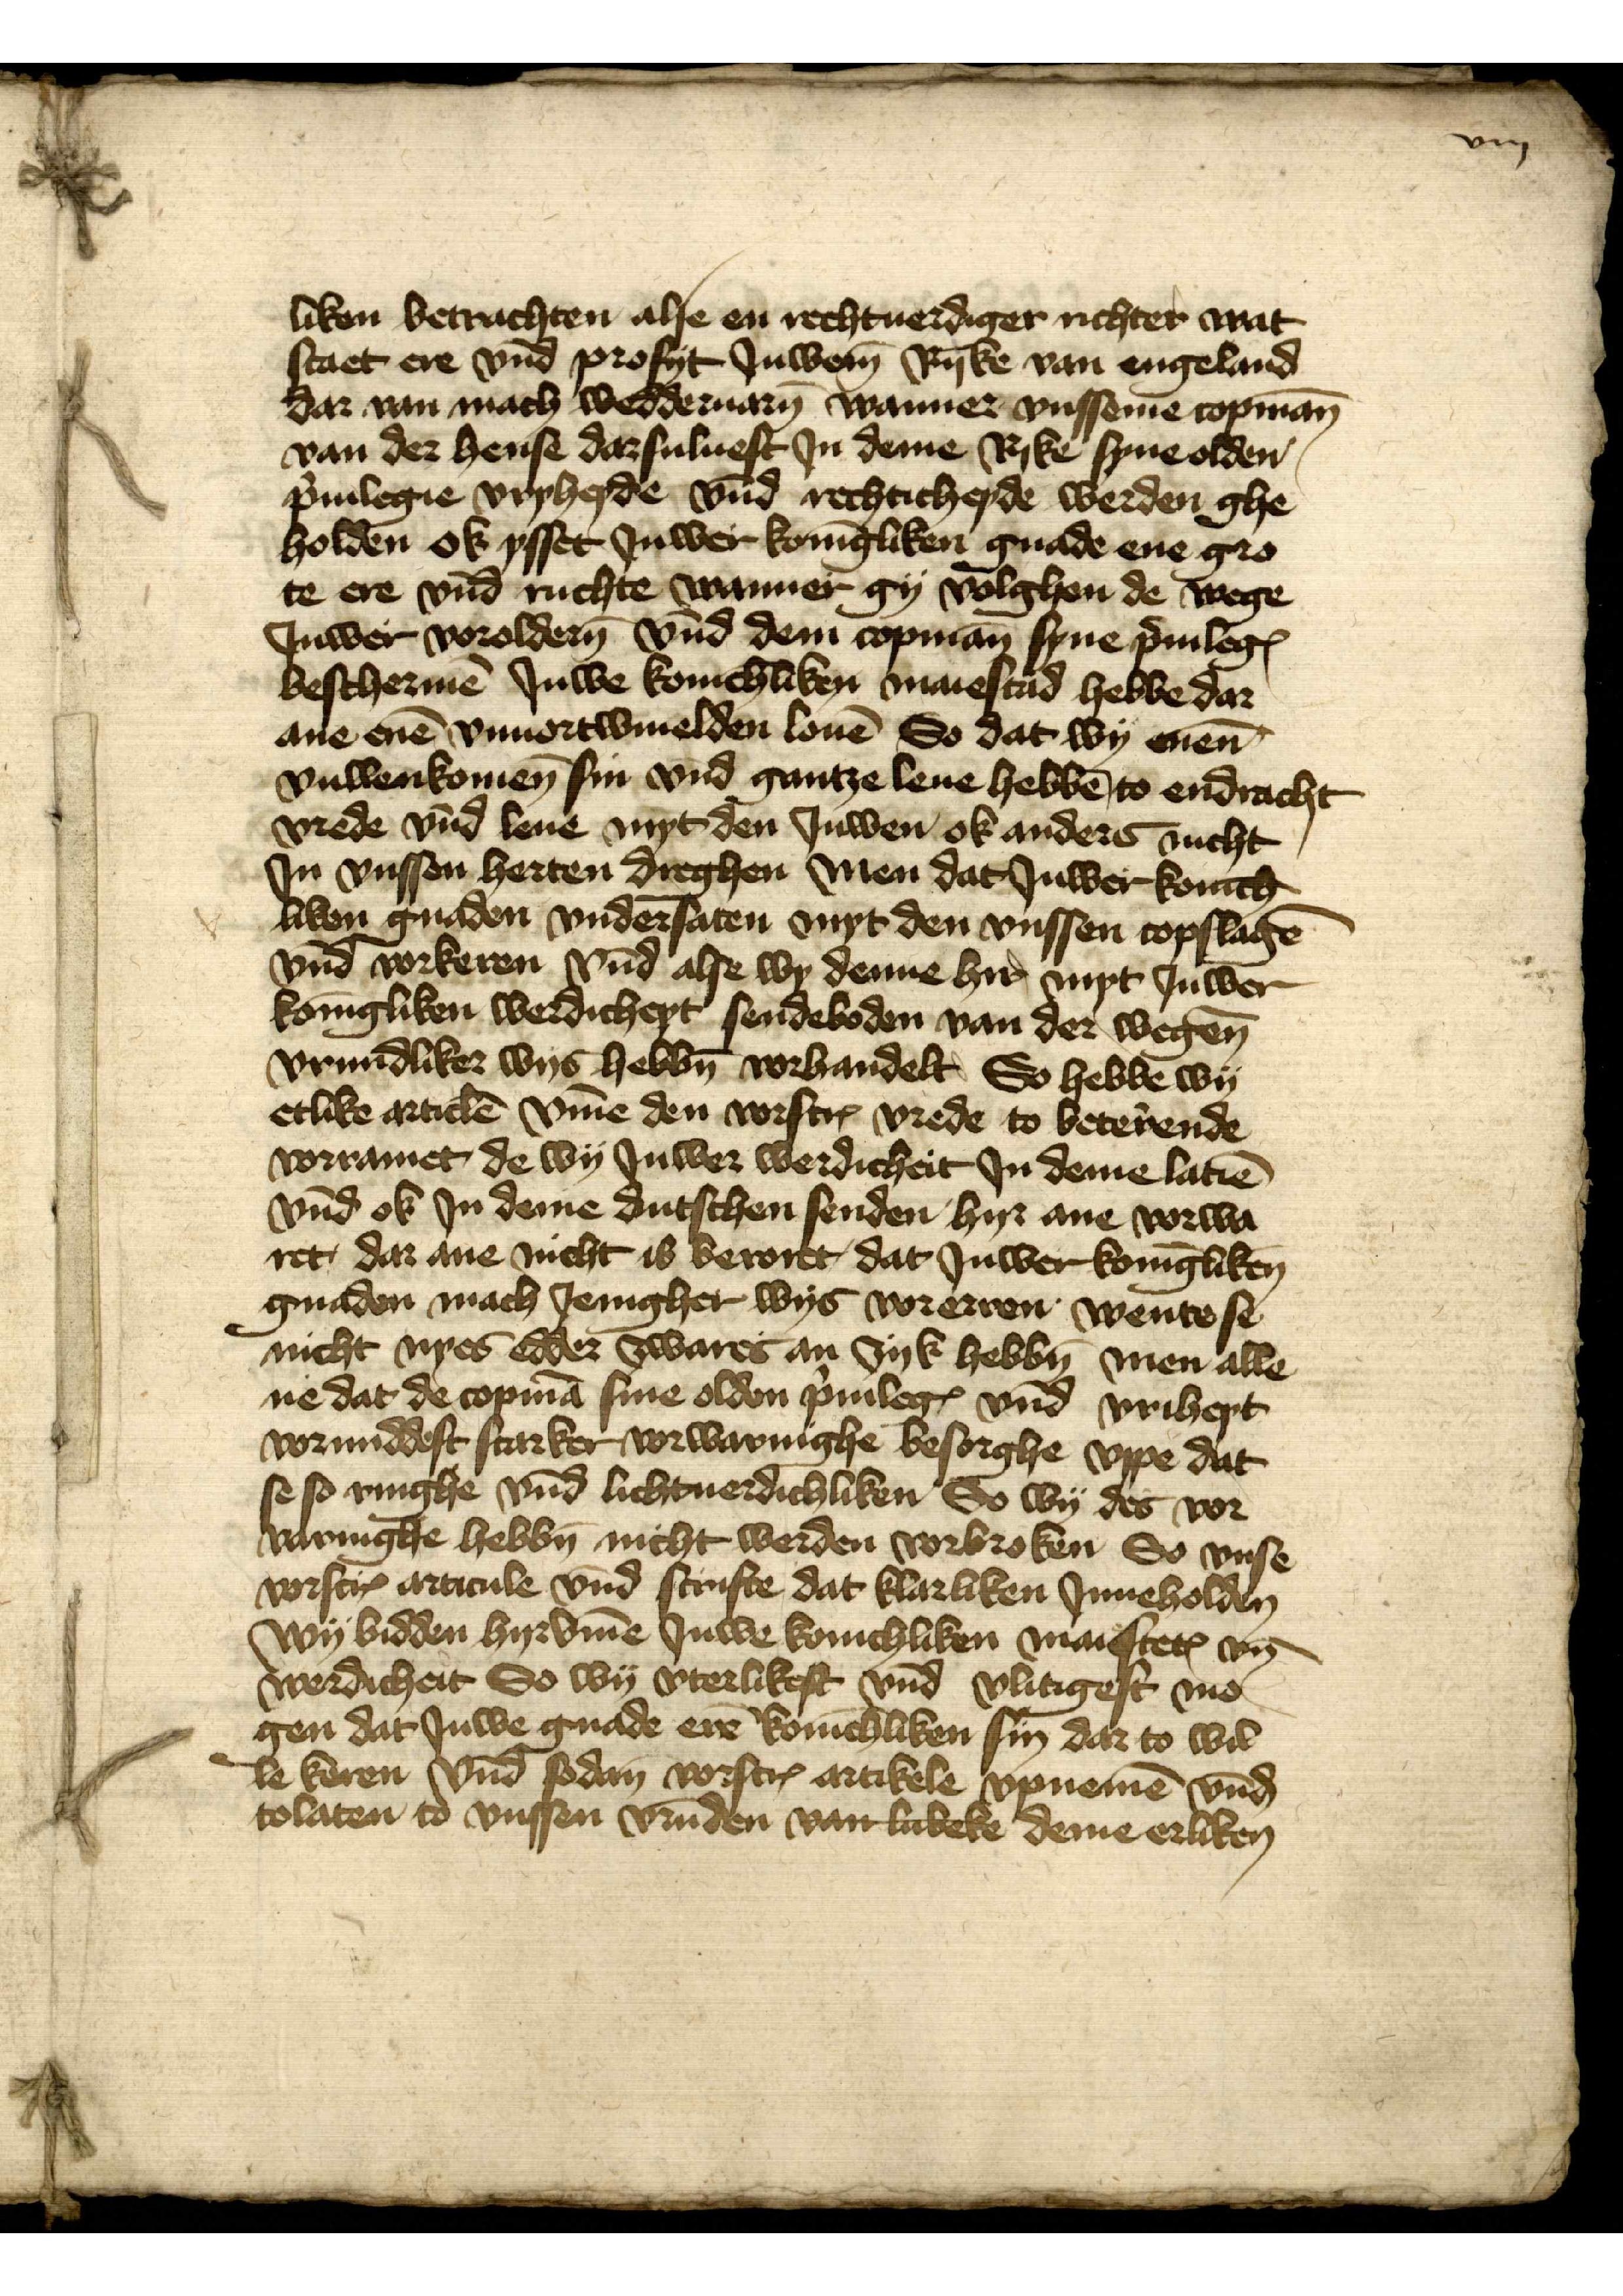
liken betrachten alse en rechtuerdiger richter wat
staet ere vnd profyt Juwem Ryke van engelande
dar van mach wedderuaren wanner vnsseme copmann
van der hense dar sulueft Jn deme Ryke syne olden
priuilegie vryheyde vnd rechticheyde werden ghe¬
holden ok ysset Juwer koningliken gnade ene gro¬
te ere vnd richte wanner gy volghen de wege
Juwer vorolderen vnd dem copman syne priuilegien
beschermen Juwe konichliken maiestad hebbe dar
ane enen vnuortwiuelden louen So dat wy enen
vullenkomen sin vnd gantze leue hebben to endracht 
vrede vnnd leue myt den Juwen ok anders nicht
Jn vnssen herten dreghen men dat Juwer konich¬
liken gnaden vndersaten myt den vnssen copslagen
vnd vorkeren vnd alse wy denne hyr myt Juwer
koningliken werdicheyt sendeboden van der wegene
vrundliker wys hebben vorhandelt, So hebbe wy
etlike articlen vmme den vorscreuen vrede to beterende
vorramet, de wy Juwer werdicheit Jn deme latien
vnnd ok in deme dutschen senden hyr ane vorwa¬
ret dar ane nicht is veroret, dat Juwer koningliken
gnaden mach Jenigher wys vorerren wente se
nicht nyes edder zwares an zyk hebben men alle¬
ne dat de copman sine olden priuilegien vnd vriheyt
vormiddest starker vorwaringhe besorghe vppe dat
se so ringhe vnd lichtuerdichliken So wy des vor¬
varnighe hebben nicht werden vorbroken So vnse
vorscreuen articule vnd scrifte dat klarliken Jnneholden
wy bidden hyrvmme Juwe konichliken maiestetes vnd
werdicheit So wy vterlikest vnd vlitigest mo¬
gen dat Juwe gnade eren konichliken sin dar to wil¬
le keren vnd sodan vorscreuen artikele vpnemen vnnd
tolaten to vnssen vrunden vanlickeke deme erliken

viij